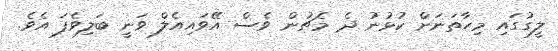
ލީގުގައި މިހާތަނަށް ކުޅުނު ދެ މެޗުން ވެސް އޭވައިއެލް ވަނީ ބަލިވެފަ އެވެ.